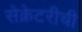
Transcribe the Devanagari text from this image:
सेक्रेटरीची